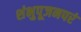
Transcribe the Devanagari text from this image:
शंभुपूजनपरं